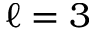
\ell = 3